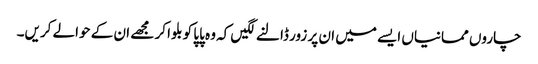
چاروں ممانیاں ایسے میں ان پر زور ڈالنے لگیں کہ وہ پاپا کو بلوا کر مجھے ان کے حوالے کریں۔